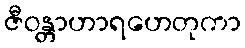
ဇီဝန္တာဟာရဟေတုကာ